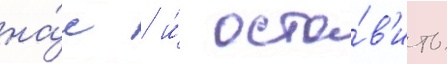
на́с / и́ оста́в'ить